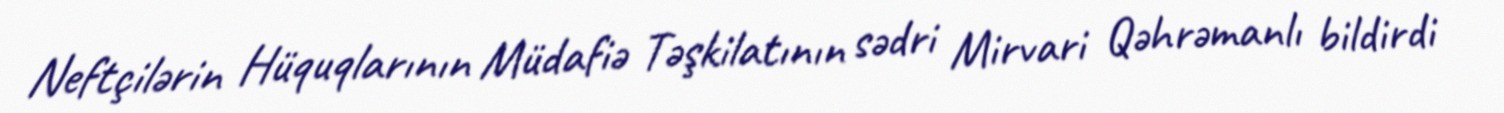
Neftçilərin Hüquqlarının Müdafiə Təşkilatının sədri Mirvari Qəhrəmanlı bildirdi